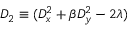
D _ { 2 } \equiv ( D _ { x } ^ { 2 } + \beta D _ { y } ^ { 2 } - 2 \lambda )